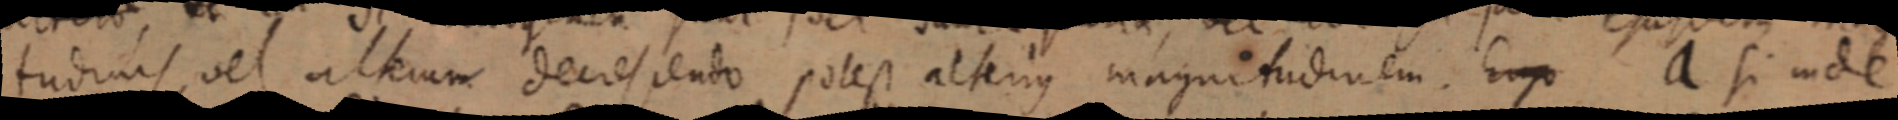
tudinis, vel alterum decescendo potest alterius magnitudinem. Ergo a si inde